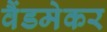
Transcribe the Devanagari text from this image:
वैंडमेकर